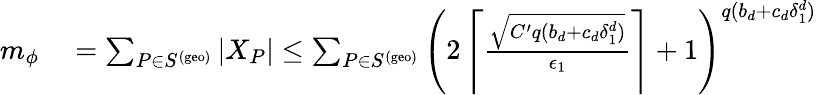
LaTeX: \begin{array}{rl}{m_{\phi}}&{{}=\sum_{P\in S^{\mathrm{(geo)}}}|X_{P}|\leq\sum_{P\in S^{\mathrm{(geo)}}}\left(2\left\lceil\frac{\sqrt{C^{\prime}q(b_{d}+c_{d}\delta_{1}^{d})}}{\epsilon_{1}}\right\rceil+1\right)^{q(b_{d}+c_{d}\delta_{1}^{d})}}\end{array}